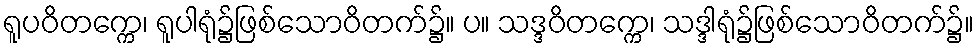
ရူပဝိတက္ကေ၊ ရူပါရုံ၌ဖြစ်သောဝိတက်၌။ ပ။ သဒ္ဒဝိတက္ကေ၊ သဒ္ဒါရုံ၌ဖြစ်သောဝိတက်၌။